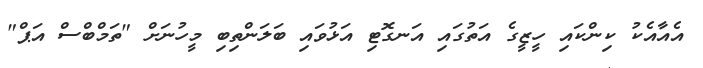
އެއާއެކު ކިންކައި ހީޒީގެ އަތުގައި އަނގޮޓި އަޅުވައި ބަލަންތިބި މީހުނަށް "ތަމްބްސް އަޕް"